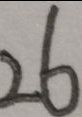
2 6